Lunatic asylums Madras 1877-1891 - 1877-1891
Year: 1877
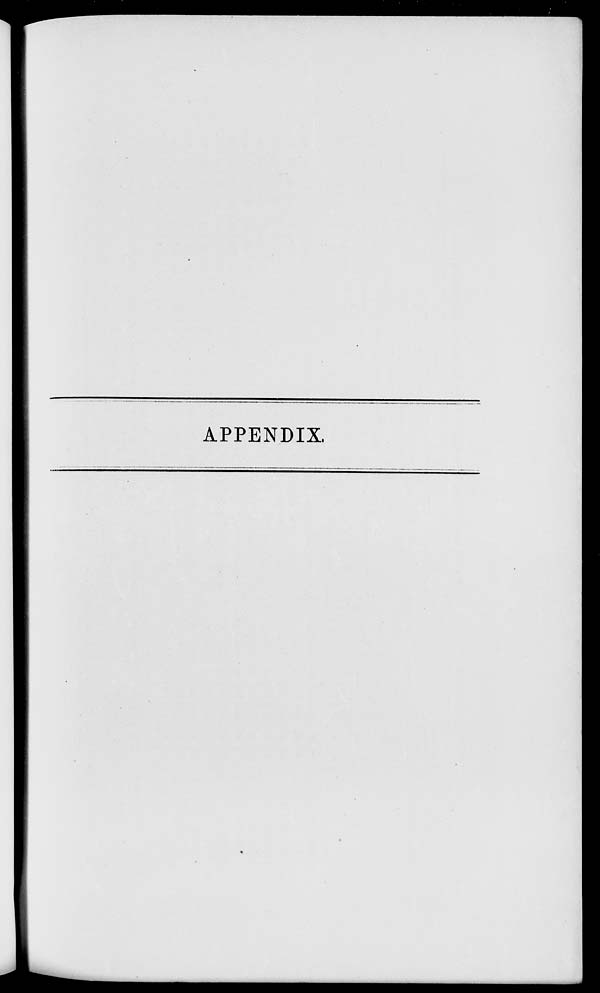
APPENDIX.